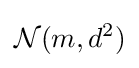
{\mathcal {N}}(m,d^{2})